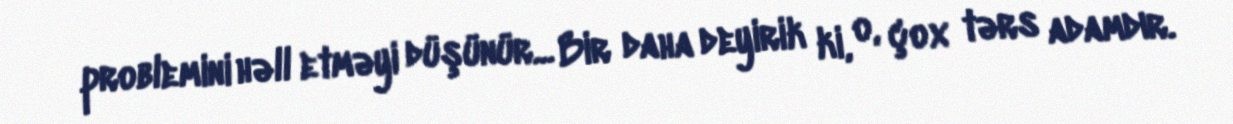
problemini həll etməyi düşünür... Bir daha deyirik ki, o, çox tərs adamdır.